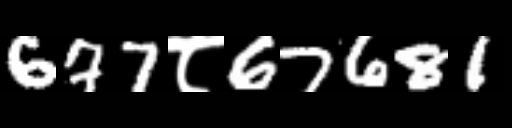
Text: 677८67681